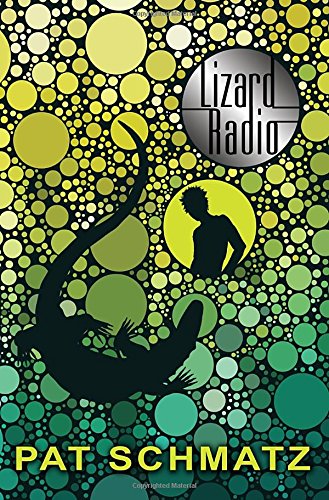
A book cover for Lizard Radio; Pat Schmatz; Teen & Young Adult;